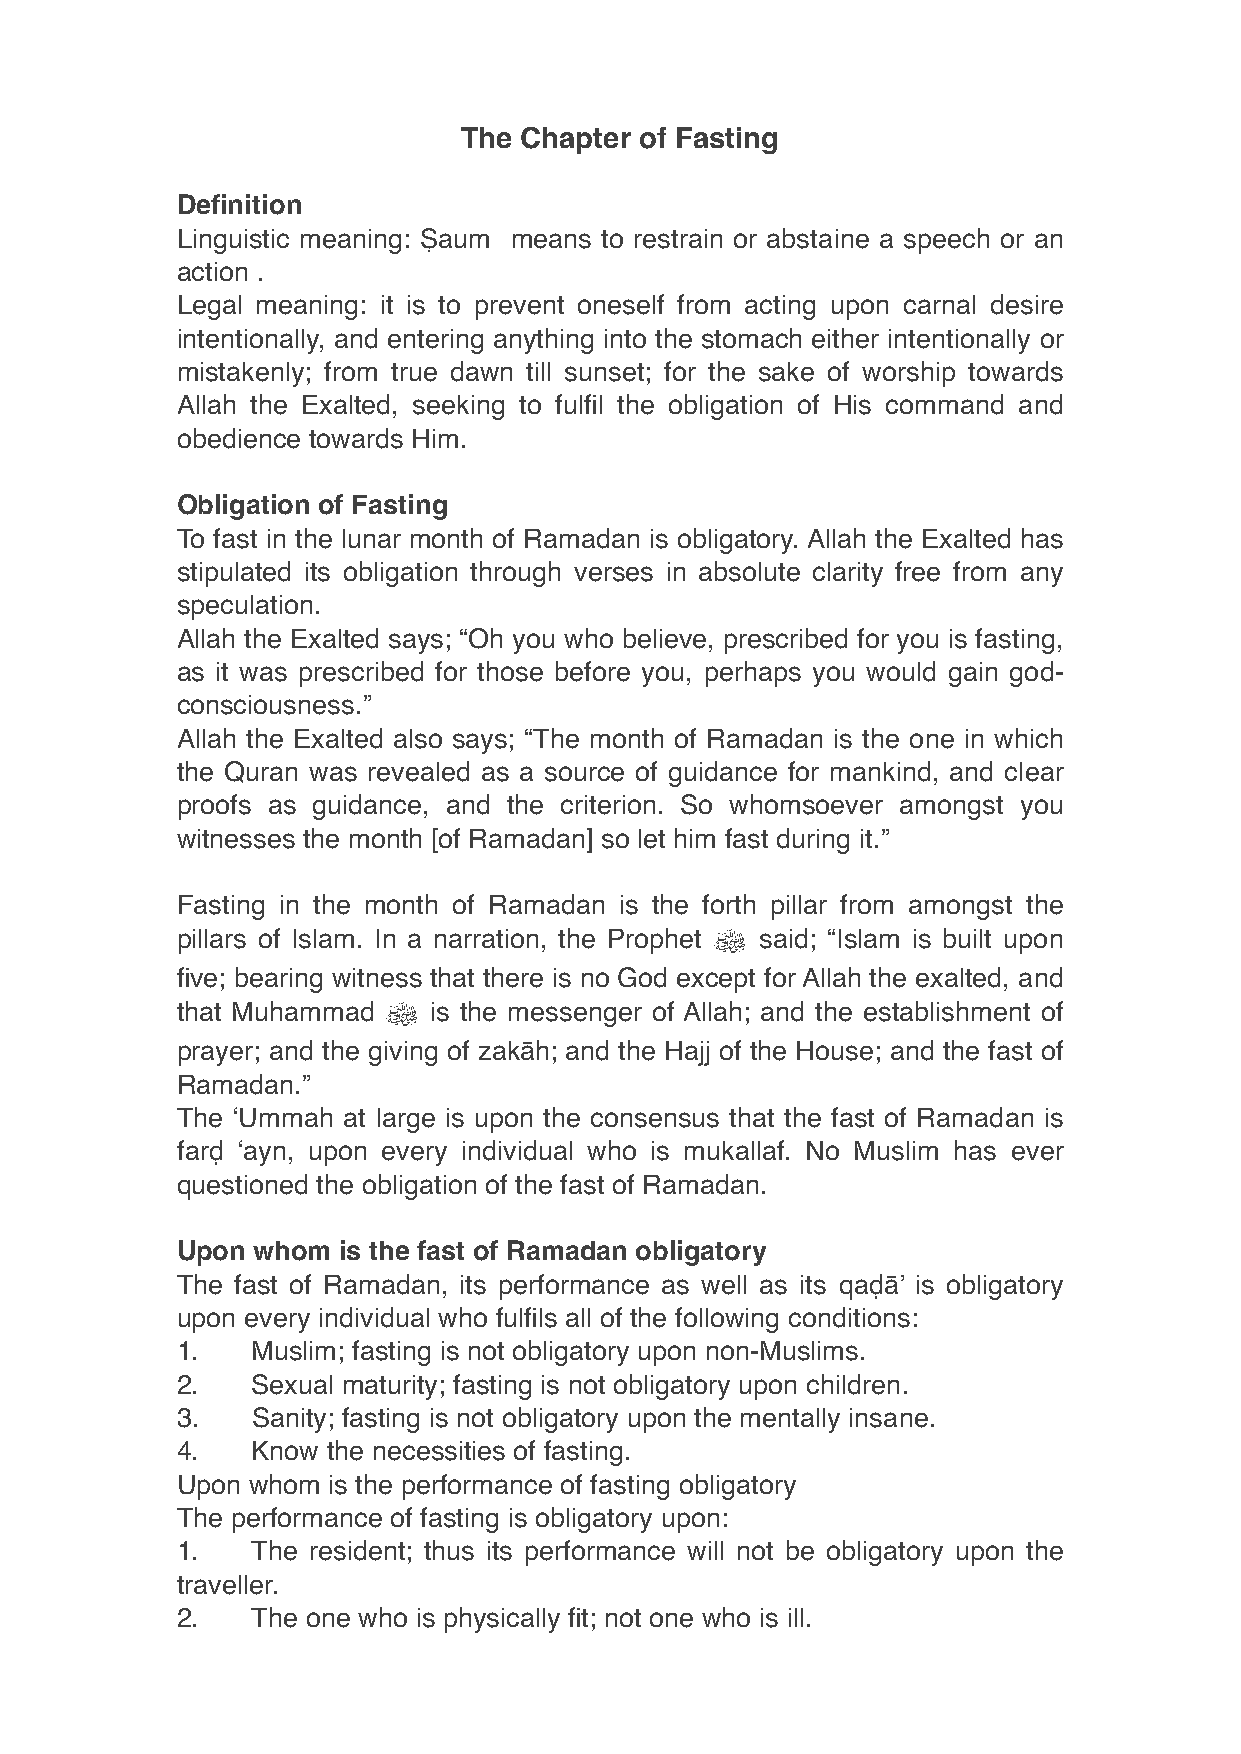
The Chapter of Fasting
 Definition
 Linguistic meaning: Ṣaum means to restrain or abstaine a speech or an
 action .
 Legal meaning: it is to prevent oneself from acting upon carnal desire
 intentionally, and entering anything into the stomach either intentionally or
 mistakenly; from true dawn till sunset; for the sake of worship towards
 Allah the Exalted, seeking to fulfil the obligation of His command and
 obedience towards Him.
 Obligation of Fasting
 To fast in the lunar month of Ramadan is obligatory. Allah the Exalted has
 stipulated its obligation through verses in absolute clarity free from any
 speculation.
 Allah the Exalted says; “Oh you who believe, prescribed for you is fasting,
 as it was prescribed for those before you, perhaps you would gain god-
 consciousness.”
 Allah the Exalted also says; “The month of Ramadan is the one in which
 the Quran was revealed as a source of guidance for mankind, and clear
 proofs as guidance, and the criterion. So whomsoever amongst you
 witnesses the month [of Ramadan] so let him fast during it.”
 Fasting in the month of Ramadan is the forth pillar from amongst the
 pillars of Islam. In a narration, the Prophet ﷺ said; “Islam is built upon
 five; bearing witness that there is no God except for Allah the exalted, and
 that Muhammad ﷺ  is the messenger of Allah; and the establishment of
 prayer; and the giving of zakāh; and the Hajj of the House; and the fast of
 Ramadan.”
 The ‘Ummah at large is upon the consensus that the fast of Ramadan is
 farḍ ‘ayn, upon every individual who is mukallaf. No Muslim has ever
 questioned the obligation of the fast of Ramadan.
 Upon whom is the fast of Ramadan obligatory
 The fast of Ramadan, its performance as well as its qaḍā’ is obligatory
 upon every individual who fulfils all of the following conditions:
 1.   Muslim; fasting is not obligatory upon non-Muslims.
 2.   Sexual maturity; fasting is not obligatory upon children.
 3.   Sanity; fasting is not obligatory upon the mentally insane.
 4.   Know the necessities of fasting.
 Upon whom is the performance of fasting obligatory
 The performance of fasting is obligatory upon:
 1.   The resident; thus its performance will not be obligatory upon the
 traveller.
 2.   The one who is physically fit; not one who is ill.